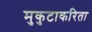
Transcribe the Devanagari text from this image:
मुकुटाकरिता